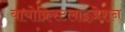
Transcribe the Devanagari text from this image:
बायोक्रिस्टलाइज़ेशन